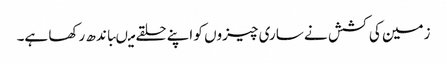
زمین کی کشش نے ساری چیزوں کو اپنے حلقے میںباندھ رکھا ہے۔